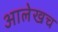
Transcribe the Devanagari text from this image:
आलेखच